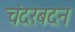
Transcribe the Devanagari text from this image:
चंदरबदन